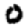
Digit: 0